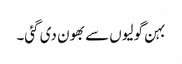
بہن گولیوں سے بھون دی گئی۔